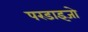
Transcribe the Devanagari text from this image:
परडाइजो